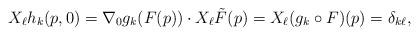
LaTeX: \begin{align*}X_\ell h_k(p,0) = \nabla_0 g_k(F(p)) \cdot X_\ell \tilde{F}(p) = X_\ell(g_k\circ F)(p) = \delta_{k\ell},\end{align*}